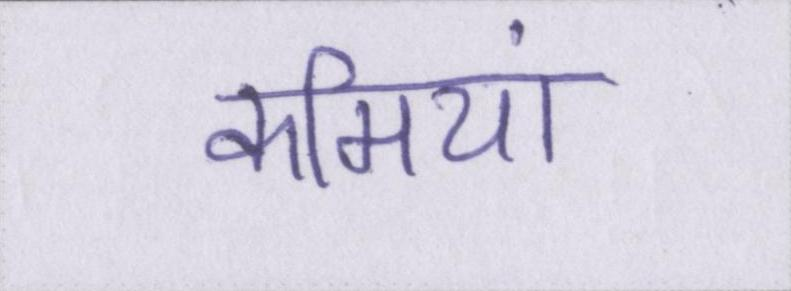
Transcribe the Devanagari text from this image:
कमियां